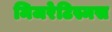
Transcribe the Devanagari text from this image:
मिजरेटिस्मस